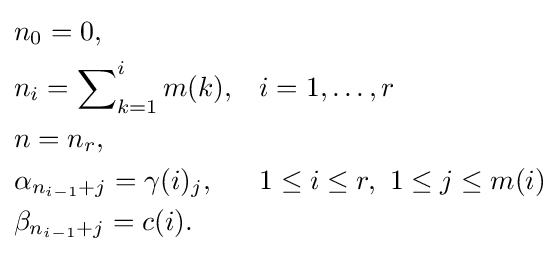
{\begin{aligned}&n_{0}=0,&&\\&n_{i}=\sum \nolimits _{k=1}^{i}m(k),&&i=1,\ldots ,r\\&n=n_{r},&&\\&\alpha _{n_{i-1}+j}=\gamma (i)_{j},&&1\leq i\leq r,\ 1\leq j\leq m(i)\\&\beta _{n_{i-1}+j}=c(i).\end{aligned}}